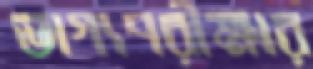
ভাগ্যপরীক্ষার